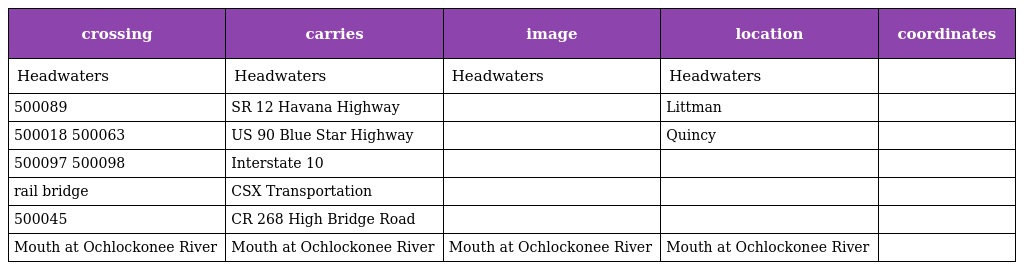
| crossing | carries | image | location | coordinates |
 | --- | --- | --- | --- | --- |
 | Headwaters | Headwaters | Headwaters | Headwaters |  |
 | 500089 | SR 12 Havana Highway |  | Littman |  |
 | 500018 500063 | US 90 Blue Star Highway |  | Quincy |  |
 | 500097 500098 | Interstate 10 |  |  |  |
 | rail bridge | CSX Transportation |  |  |  |
 | 500045 | CR 268 High Bridge Road |  |  |  |
 | Mouth at Ochlockonee River | Mouth at Ochlockonee River | Mouth at Ochlockonee River | Mouth at Ochlockonee River |  |